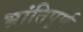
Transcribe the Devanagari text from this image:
भ्रांतिपूर्ण